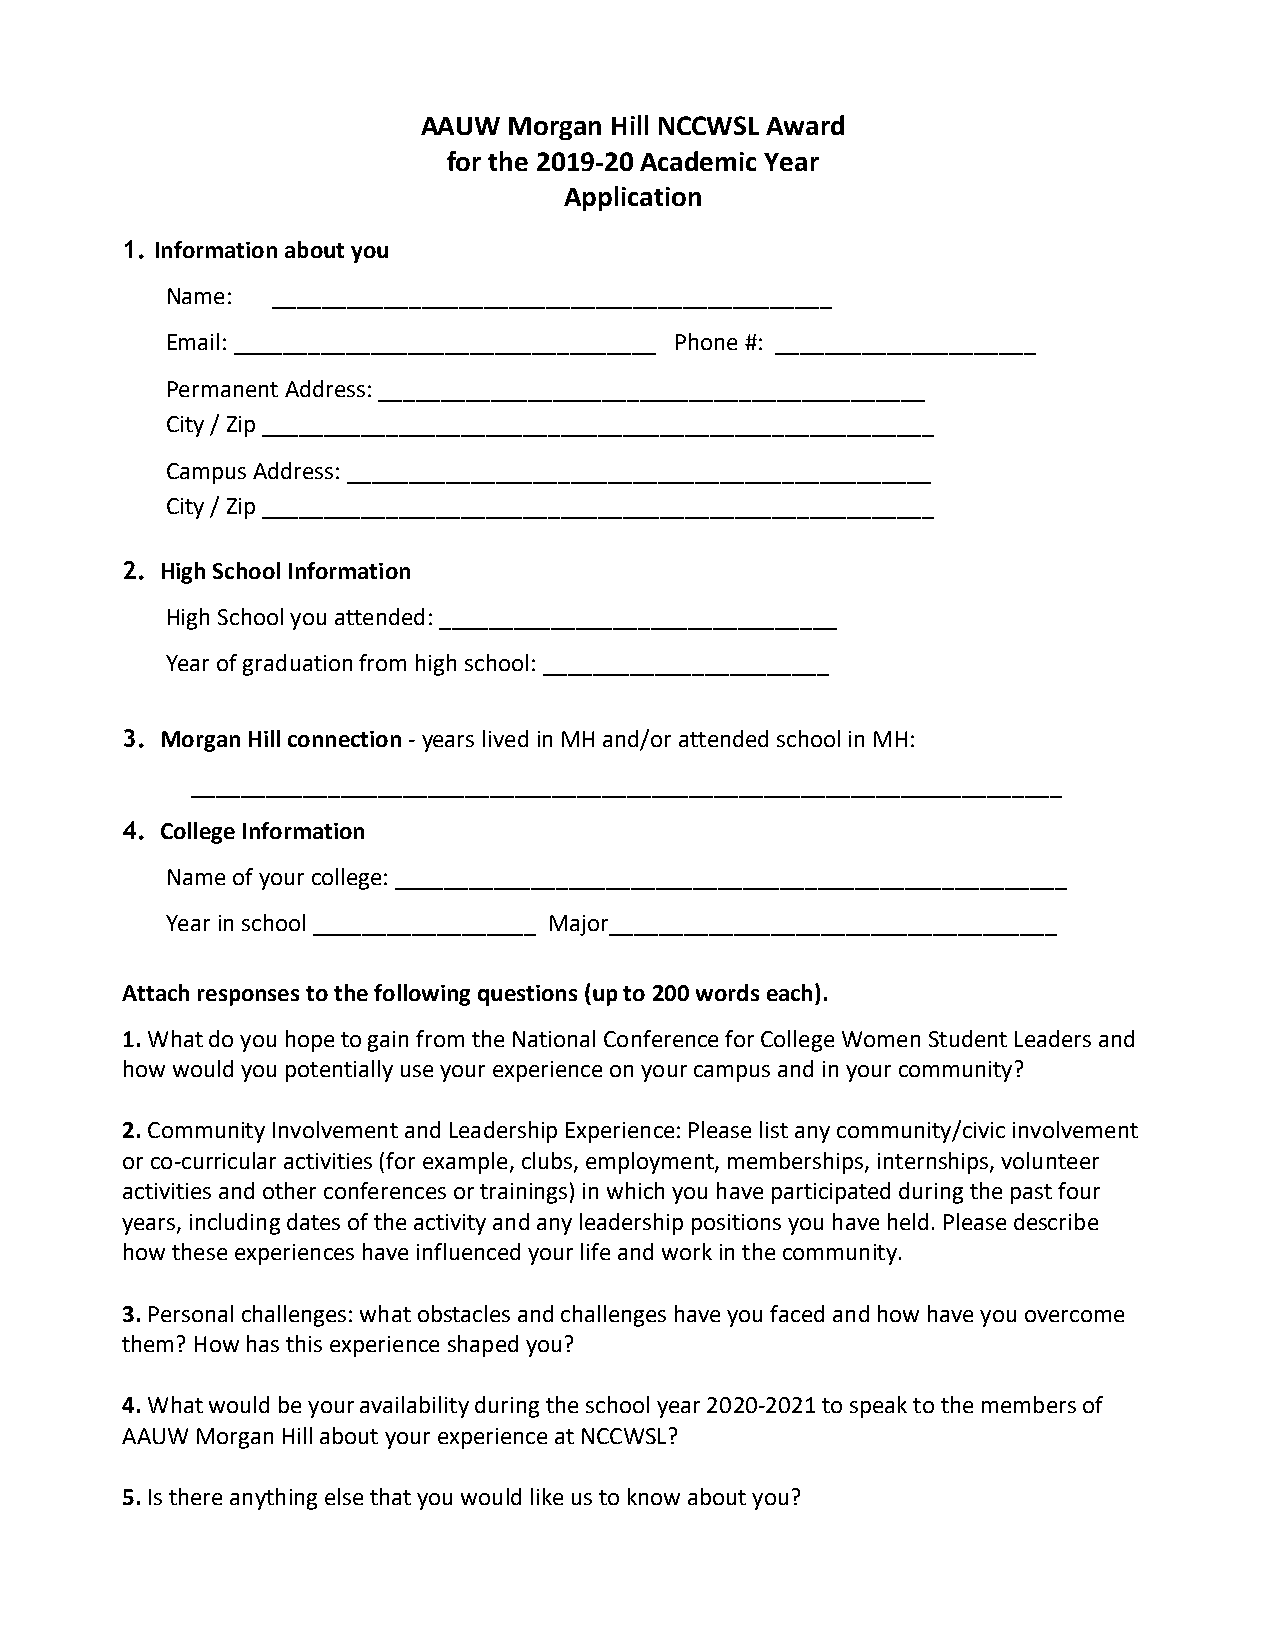
AAUW  Morgan Hill NCCWSL Award
 for the 2019-20 Academic Year
 Application
 1. Information about you
 Name:  _____________________________________________
 Email: __________________________________ Phone #: _____________________
 Permanent Address: ____________________________________________
 City / Zip ______________________________________________________
 Campus Address: _______________________________________________
 City / Zip ______________________________________________________
 2. High School Information
 High School you attended: ________________________________
 Year of graduation from high school: _______________________
 3. Morgan Hill connection - years lived in MH and/or attended school in MH:
 ______________________________________________________________________
 4. College Information
 Name of your college: ______________________________________________________
 Year in school __________________ Major____________________________________
 Attach responses to the following questions (up to 200 words each).
 1. What do you hope to gain from the National Conference for College Women Student Leaders and
 how would you potentially use your experience on your campus and in your community?
 2. Community Involvement and Leadership Experience: Please list any community/civic involvement
 or co-curricular activities (for example, clubs, employment, memberships, internships, volunteer
 activities and other conferences or trainings) in which you have participated during the past four
 years, including dates of the activity and any leadership positions you have held. Please describe
 how these experiences have influenced your life and work in the community.
 3. Personal challenges: what obstacles and challenges have you faced and how have you overcome
 them? How has this experience shaped you?
 4. What would be your availability during the school year 2020-2021 to speak to the members of
 AAUW Morgan Hill about your experience at NCCWSL?
 5. Is there anything else that you would like us to know about you?